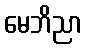
မေဘိညာ